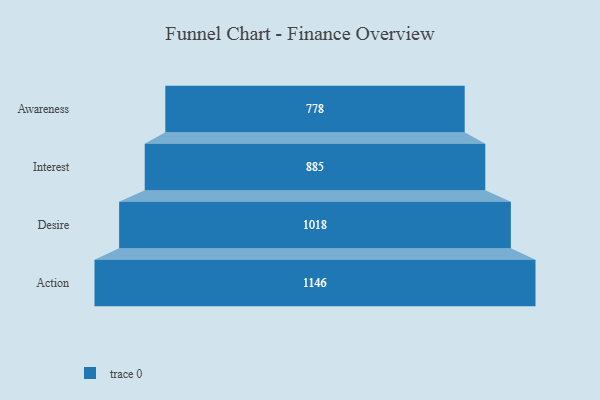
{"axis": {"x": "Stage", "y": "Value"}, "legend": [""], "data": [{"x": "Awareness", "y": 778.0, "type": ""}, {"x": "Interest", "y": 885.0, "type": ""}, {"x": "Desire", "y": 1018.0, "type": ""}, {"x": "Action", "y": 1146.0, "type": ""}]}